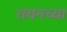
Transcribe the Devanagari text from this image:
रायनच्या